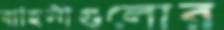
বাহিনীগুলোর